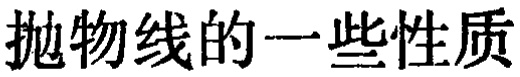
抛物线的一些性质